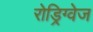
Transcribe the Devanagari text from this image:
रोड्रिग्वेज